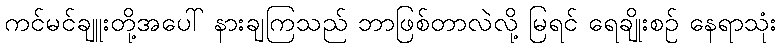
ကင်မင်ချူးတို့အပေါ် နားချကြသည် ဘာဖြစ်တာလဲလို့ မြရင် ရေချိုးစဉ် နေရာသုံး